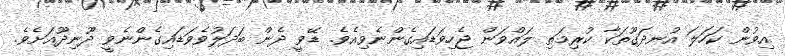
އިވުން ކަހަލަ އުނދަގޫތަކާ ކުރިމަތި ލައްވަން ޖެހިވަޑައިގެންނެވިއެވެ. ޑޭވީ ދެން ބަދަލުވެވަޑައިގެންނެވީ ދޫނިދޫއަށެވެ.